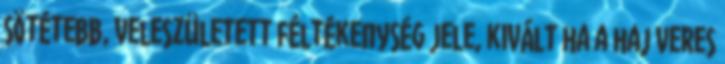
sötétebb, veleszületett féltékenység jele, kivált ha a haj veres